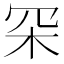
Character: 罙